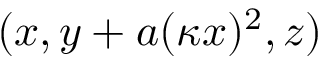
( x , y + a ( \kappa x ) ^ { 2 } , z )